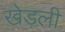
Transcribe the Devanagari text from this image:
खेड़ली